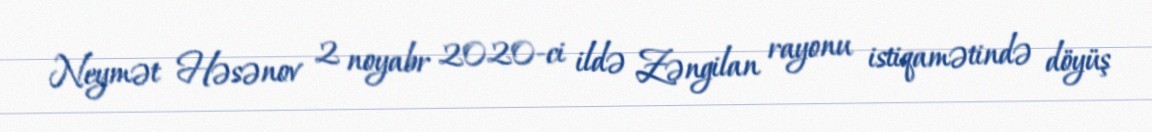
Neymət Həsənov 2 noyabr 2020-ci ildə Zəngilan rayonu istiqamətində döyüş